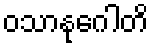
ဝသာနုဂေါတိ